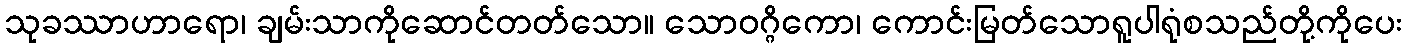
သုခဿာဟာရော၊ ချမ်းသာကိုဆောင်တတ်သော။ သောဝဂ္ဂိကော၊ ကောင်းမြတ်သောရူပါရုံစသည်တို့ကိုပေး